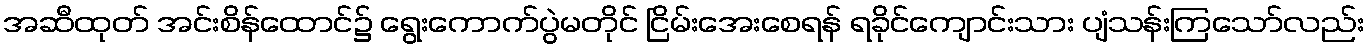
အဆီထုတ် အင်းစိန်ထောင်၌ ရွေးကောက်ပွဲမတိုင် ငြိမ်းအေးစေရန် ရခိုင်ကျောင်းသား ပျံသန်းကြသော်လည်း